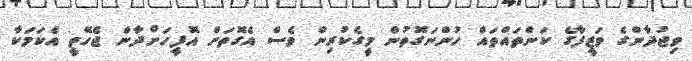
ވިޖުދާންގެ ވަޒީފާގެ ކަންތައްތައް ހުންނަގޮތުން މީގެކުރިން ވެސް އެގޮތަށް އޮފީހަށްދާން ޖެހޭތީ އެކަމަކާ